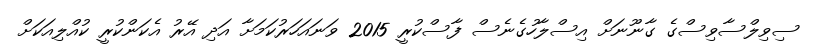
ސިވިލްސާވިސްގެ ގާނޫނަށް އިސްލާހުގެނެސް ފާސްކުރީ 2015 ވަނައަހަރުކަމަށާ އަދި އޭރު އެކަންކުރީ ކުއްލިއަކަށް